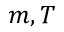
m , T